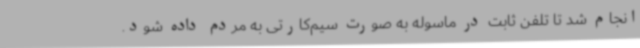
انجام شد تا تلفن ثابت در ماسوله به صورت سیم‌کارتی به مردم داده شود.